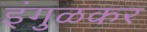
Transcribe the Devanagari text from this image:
इंगुळकर